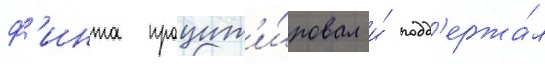
ф'инта процит'и́ровал и́ подд'ержа́л